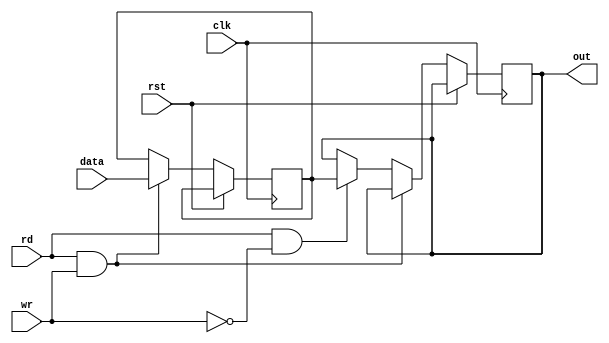
module dram(out, data, wr, rd, clk, rst);
  parameter width = 8;
  parameter depth = 16;
  parameter addr = 3;
  reg [width-1:0] mem [depth-1:0];
  input wire clk, rst, wr, rd;
  input wire [width-1:0] data;
  output reg [width-1:0] out;
  always @(posedge clk or posedge rst) begin
    if (rst) begin
      mem[0] <= 0;
    end 
    else if (rd && wr) begin
      mem[addr] <= data; // Wr
    end 
    else if (rd && ~wr) begin
      out <= mem[addr]; // Rd
    end
  end
endmodule



















// Code your testbench here
// or browse Examples
module dram_tb;
  reg clk, rst, wr, rd;
  reg [7:0] data;
  wire [7:0] out;

  dram dut (
    .out(out),
    .data(data),
    .wr(wr),
    .rd(rd),
    .clk(clk),
    .rst(rst)
  );

  always begin
    #5 clk = ~clk;
  end

  initial 
    begin
      $dumpfile("dump.vcd"); 
  $dumpvars;
    clk = 0;
    rst = 1;
    wr = 0;
    rd = 0;
    data = 8'h00;

    #10 rst = 0;

    #5 wr = 1;
    #5 data = 8'hFF;
    #5 wr = 0;

    #5 rd = 1;
    #5 rd = 0;

    #10 $finish;
  end
endmodule